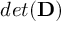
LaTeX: d e t ( \mathbf { D } )